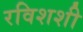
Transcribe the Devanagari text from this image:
रविशशी